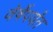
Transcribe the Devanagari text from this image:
वेर्षेपर्यंत